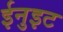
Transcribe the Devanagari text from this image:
ईनुइट